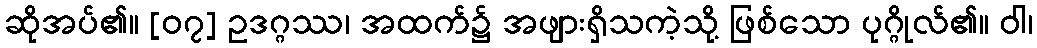
ဆိုအပ်၏။ [၀၇] ဥဒဂ္ဂဿ၊ အထက်၌ အဖျားရှိသကဲ့သို့ ဖြစ်သော ပုဂ္ဂိုလ်၏။ ဝါ၊